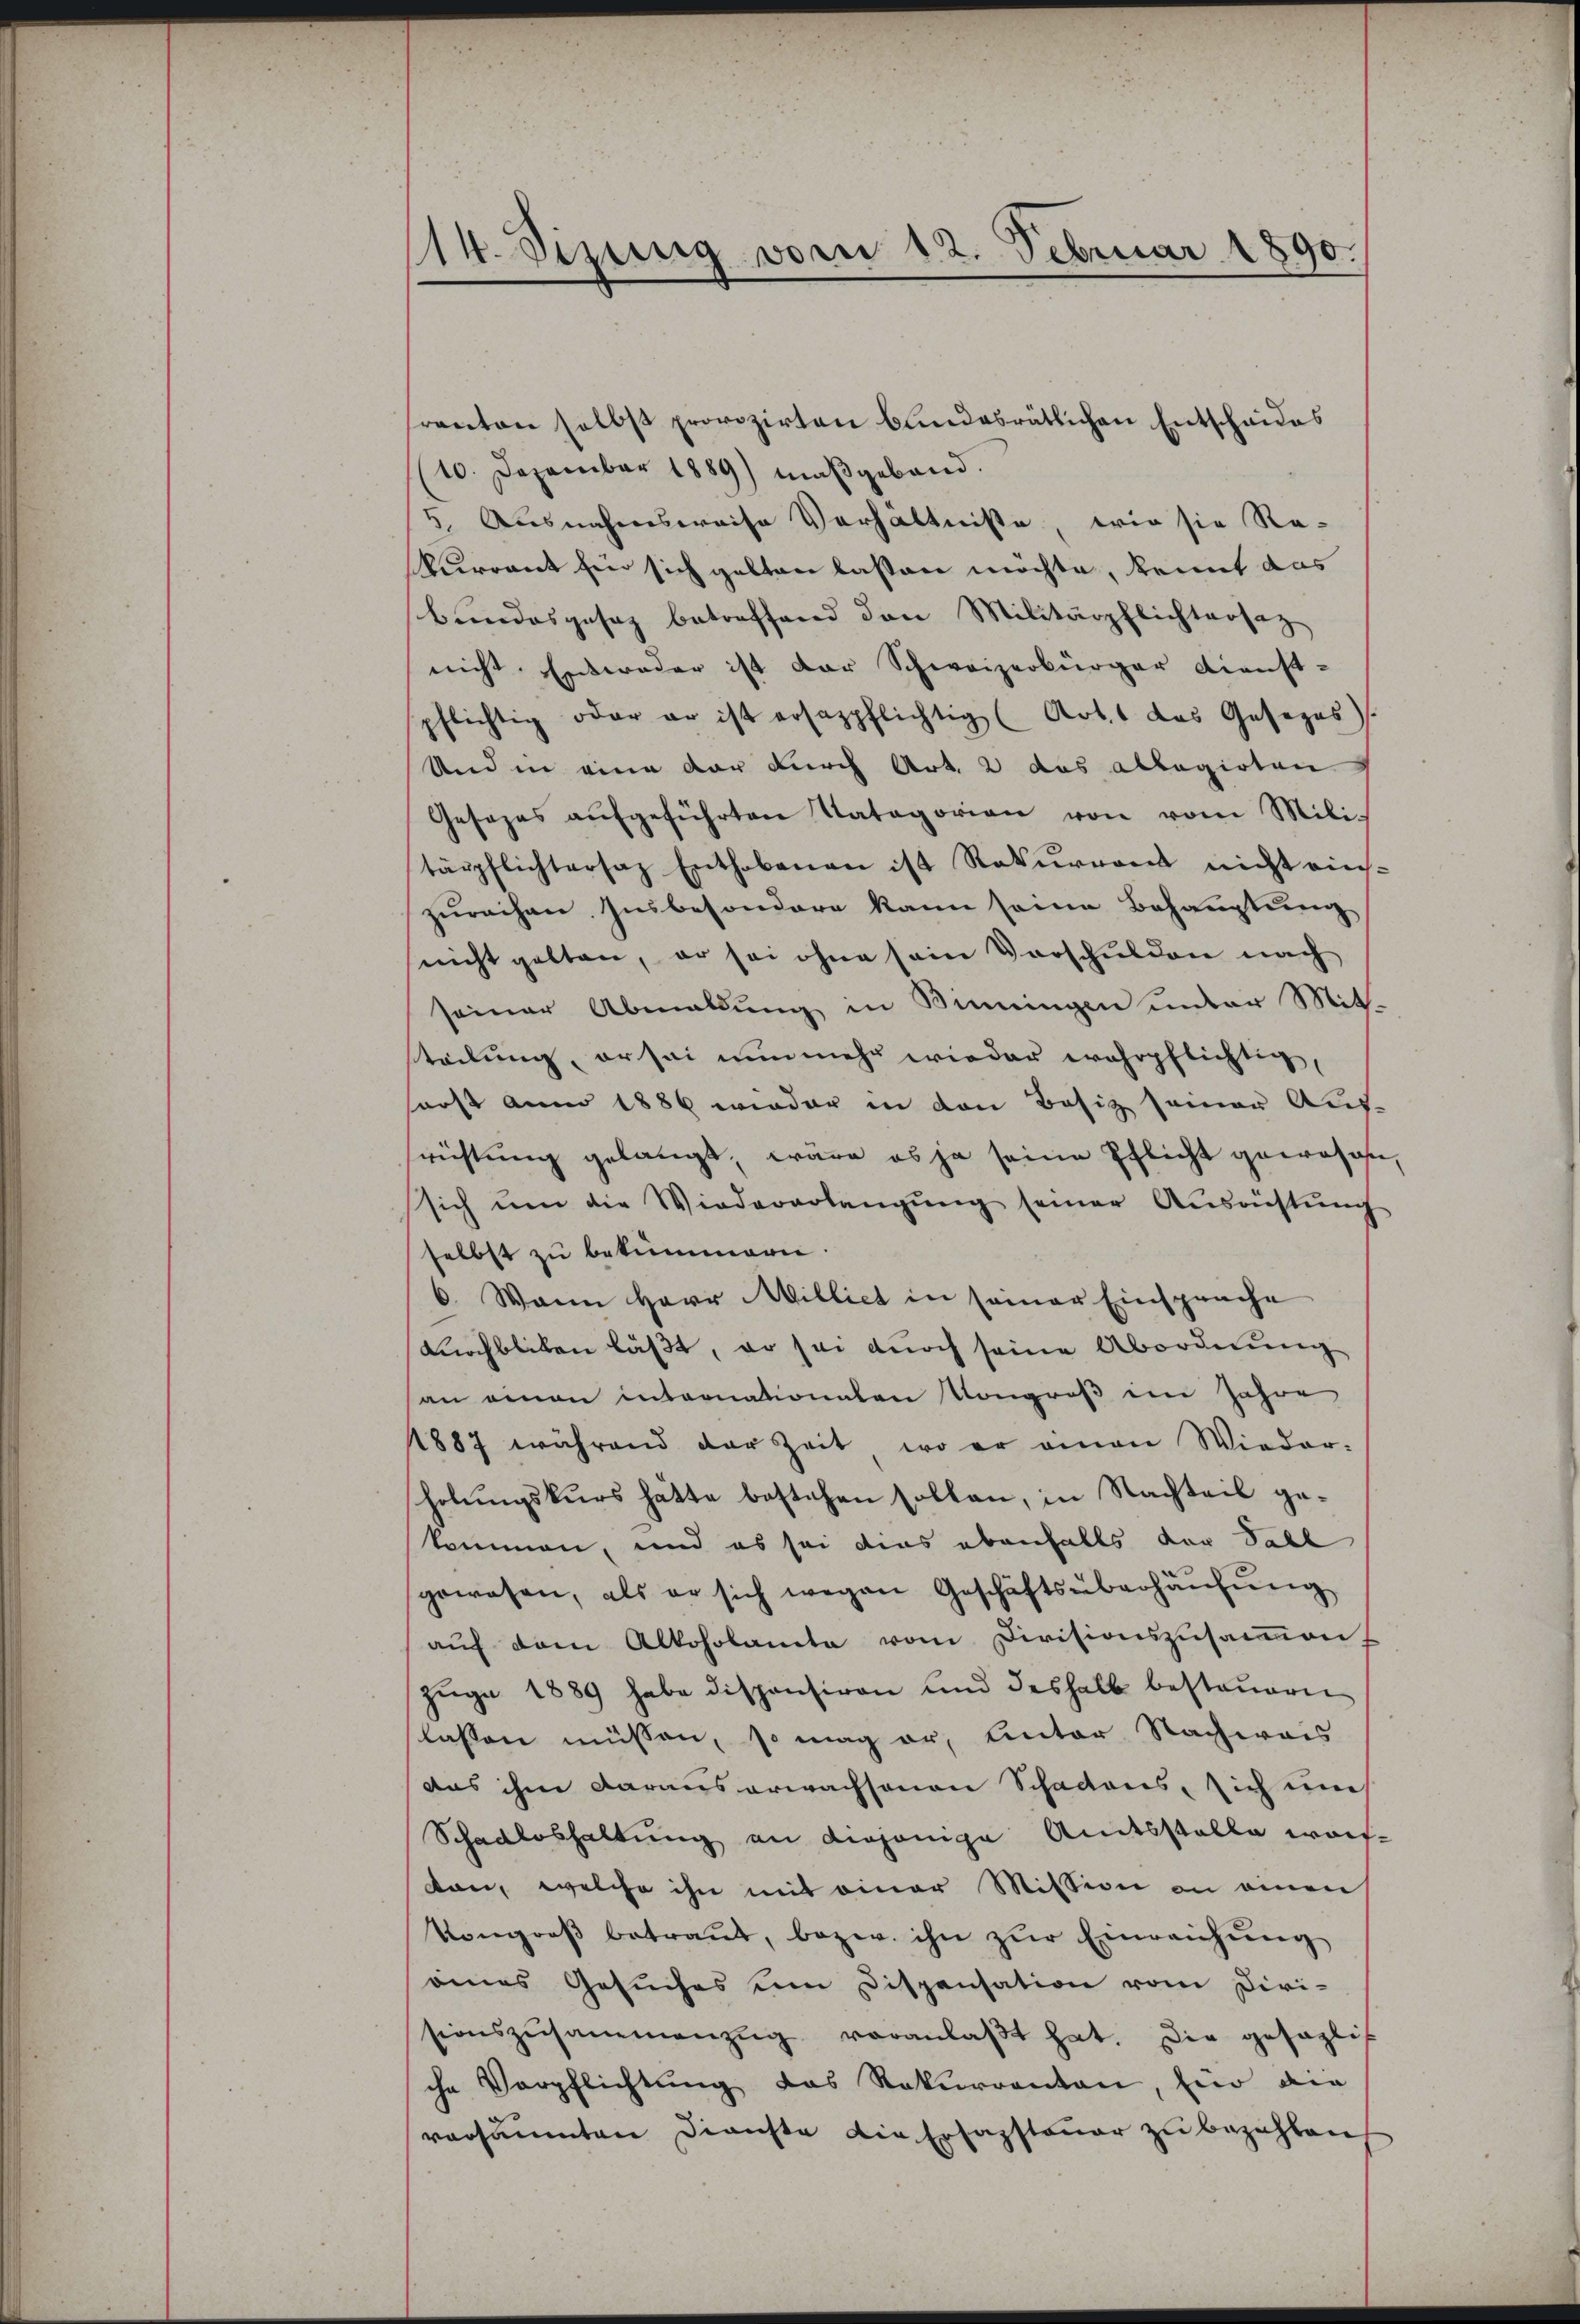
14. Sizung vom 12. Februar 1890.

ranton selbst provozirten bundesrätlichen Entschaides
10. Dezember 1889) maßgeband.
5. Ausnahmsweise Verhältnisse, wie sie Re-
kurrent für sich gelten lassen möchte, kannt das
bundesgesez betreffend den Militärpflichtersatz
nicht. Entweder ist der Schweizerbürger Dienst-
pflichtig oder er ist ersazpflichtig (Art. 1 das Gesezes).
Und in eine dar durch Art. 2 das allegirten
Gesezes aŭfgeführten Vatagorien von vom Mili-
tärpflichtersaz Enthobenen ist Rekurren nicht eins-
zurechen. Insbesondere kann seine Behauptung
nicht gelten, er sei ohne sein Vorschulden nach
seiner Abmallung in Siningen unter Mit-
teilung, er sei nunmehr wieder wahrpflichtig,
soost anno 1886 wieder in den Besiz seiner Aus-
srichtung gelangt, wäre es ja seine Pflicht gewesen,
sich ŭm die Wiedererlangŭng seiner Aŭsrüstŭng
selbst zu bekümmern.
6. Wann Herr Millict in seiner Einsprache
Durchblicken läßt, er sei durch seine Abordnung
san einen internationalen Kongroß im Jahre
1887 während der Zeit, wo er einen Wieder-
holŭngskŭrs hätte bestehen sollen, in Nachteil ge-
kommen, und es sei dies abenfalls der Fall
gewesen, als er sich wegen Geschäftsüberhaŭsŭng
aŭf dem Alkoholamte vom Divisionszusamen.
züge 1889 habe dispensiren und deshalb besteuern
lassen müssen, so mag er, Unter Nachweis
aas ihm daraus erwachsenen Schadens, sich um
Schadloshaltung an diejenige Amtsstelle waif-
kan, welche ihn mit einer Mission an einen
kongroβ betraŭt, bezw. ihn zŭr Einreichŭng
oines Gesŭches um Dispensation vom Diri-
sionszusammenzŭg veranlaβt hat. Die gesagli
sche Verpflichtŭng das Rekurrenten, hier die
versäumten Dienste die Erfassteuer zu bezahlen